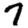
Digit: 7